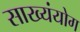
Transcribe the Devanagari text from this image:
साख्यंयोग